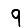
Digit: 9